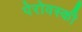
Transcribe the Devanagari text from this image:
पेरोवस्की